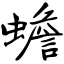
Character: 蟾